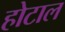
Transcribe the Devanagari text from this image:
होटाल